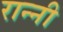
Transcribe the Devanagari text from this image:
रान्नी